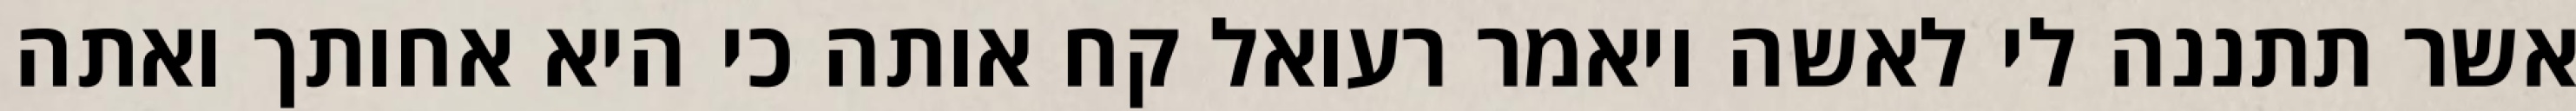
אשר תתננה לי לאשה ויאמר רעואל קח אותה כי היא אחותך ואתה